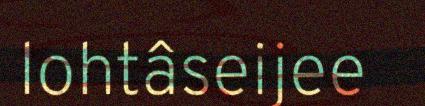
lohtâseijee